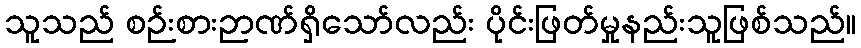
သူသည် စဉ်းစားဉာဏ်ရှိသော်လည်း ပိုင်းဖြတ်မှုနည်းသူဖြစ်သည်။